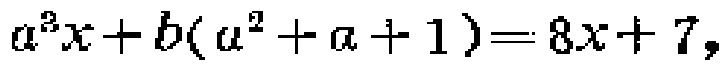
\(a^{2}x + b(a^{2}+a + 1)=8x + 7\)